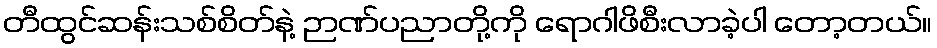
တီထွင်ဆန်းသစ်စိတ်နဲ့ ဉာဏ်ပညာတို့ကို ရောဂါဖိစီးလာခဲ့ပါ တော့တယ်။